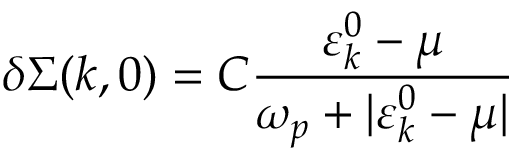
\delta \Sigma ( k , 0 ) = C \frac { \varepsilon _ { k } ^ { 0 } - \mu } { \omega _ { p } + | \varepsilon _ { k } ^ { 0 } - \mu | }